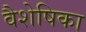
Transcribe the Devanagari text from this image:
वैशेषिका